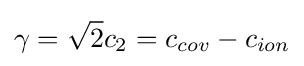
\gamma ={\sqrt {2}}c_{2}=c_{cov}-c_{ion}